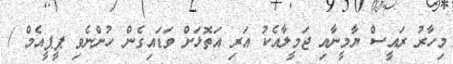
މިހާރު ރައީސް ޔާމީނާއި ޖަމީލާއެކު އަރި އަތޮޅަށް ވަޑައިގެން ހުންނެވި ޕީޕީއެމް /